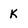
Character: K